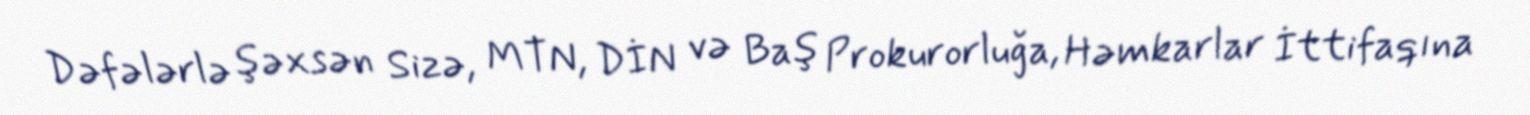
Dəfələrlə şəxsən Sizə, MTN, DİN və Baş Prokurorluğa, Həmkarlar İttifaqına